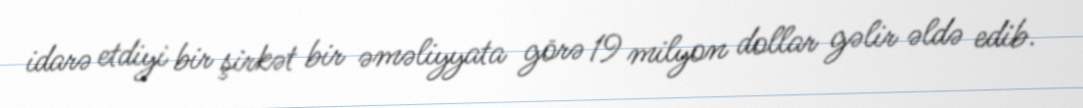
idarə etdiyi bir şirkət bir əməliyyata görə 19 milyon dollar gəlir əldə edib.